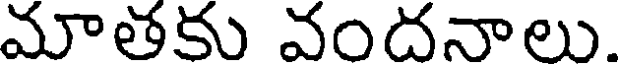
మాతకు వందనాలు.